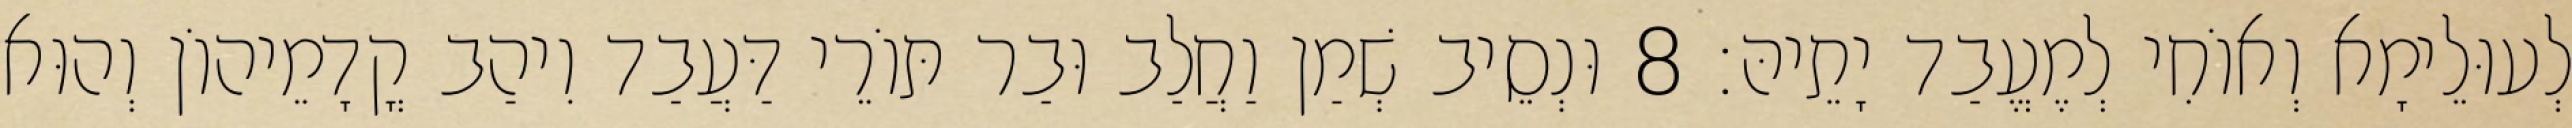
לְעוּלֵימָא וְאוֹחִי לְמֶעֱבַד יָתֵיהּ׃ 8 וּנְסֵיב שְׁמַן וַחֲלַב וּבַר תּוֹרֵי דַּעֲבַד וִיהַב קֳדָמֵיהוֹן וְהוּא